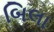
બિલા